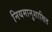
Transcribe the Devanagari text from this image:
नियमानुशासित